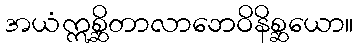
အယံဣစ္ဆိတာလာဘေဝိနိစ္ဆယော။